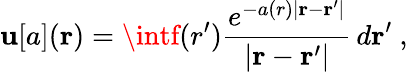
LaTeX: \mathbf{u}[a](\mathbf{{r}})=\intf(r^{\prime})\frac{{e^{-a(r)|\mathbf{{r}}-\mathbf{{r}}^{\prime}|}}}{{|\mathbf{{r}}-\mathbf{{r}}^{\prime}|}}\, d\mathbf{{r}}^{\prime}\ ,